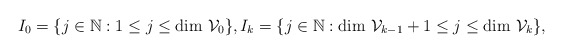
\begin{align*}I_0=\{j \in \mathbb{N} : 1\leq j \leq \textrm{dim }\mathcal{V}_0\}, I_k=\{j \in \mathbb{N} : \textrm{dim }\mathcal{V}_{k-1}+1\leq j \leq \textrm{dim }\mathcal{V}_k\},\end{align*}